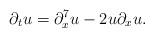
LaTeX: \begin{align*}\partial_{t}u=\partial_{x}^{7}u-2u\partial_{x}u.\end{align*}